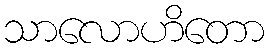
သာလောဟိတော